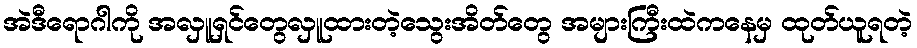
အဲဒီရောဂါကို အလှူရှင်တွေလှူထားတဲ့သွေးအိတ်တွေ အများကြီးထဲကနေမှ ထုတ်ယူရတဲ့